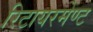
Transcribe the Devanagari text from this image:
रिटायरमेण्ट